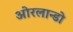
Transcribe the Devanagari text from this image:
ओरलान्डो